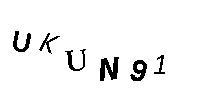
UKUN91